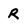
Character: R